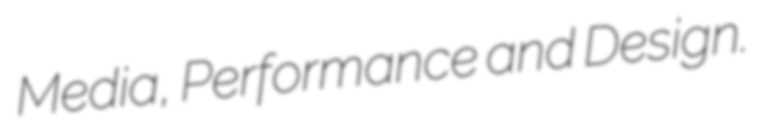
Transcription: Media, Performance and Design.